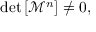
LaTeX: \operatorname * { d e t } \left[ \mathcal { M } ^ { n } \right] \neq 0 ,